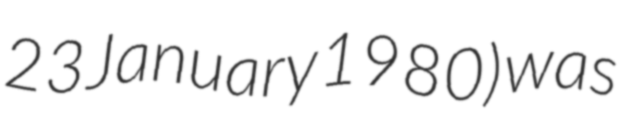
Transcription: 23 January 1980) was